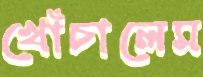
খোঁচালেম